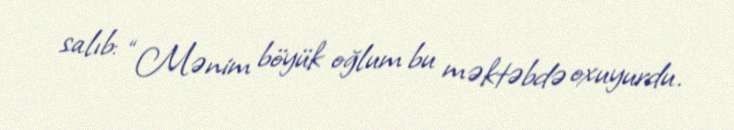
salıb: “Mənim böyük oğlum bu məktəbdə oxuyurdu.